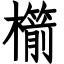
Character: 櫤